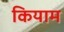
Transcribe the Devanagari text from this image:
कियाम